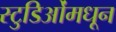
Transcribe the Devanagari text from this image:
स्टुडिओंमधून